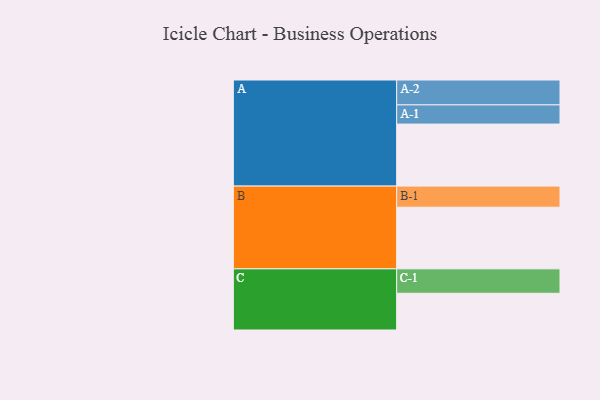
{"axis": {"x": "Segment", "y": "Value"}, "legend": ["", "A", "B", "C"], "data": [{"x": "A", "y": 581, "type": ""}, {"x": "B", "y": 577, "type": ""}, {"x": "C", "y": 344, "type": ""}, {"x": "A-1", "y": 180, "type": "A"}, {"x": "A-2", "y": 233, "type": "A"}, {"x": "B-1", "y": 198, "type": "B"}, {"x": "C-1", "y": 229, "type": "C"}]}